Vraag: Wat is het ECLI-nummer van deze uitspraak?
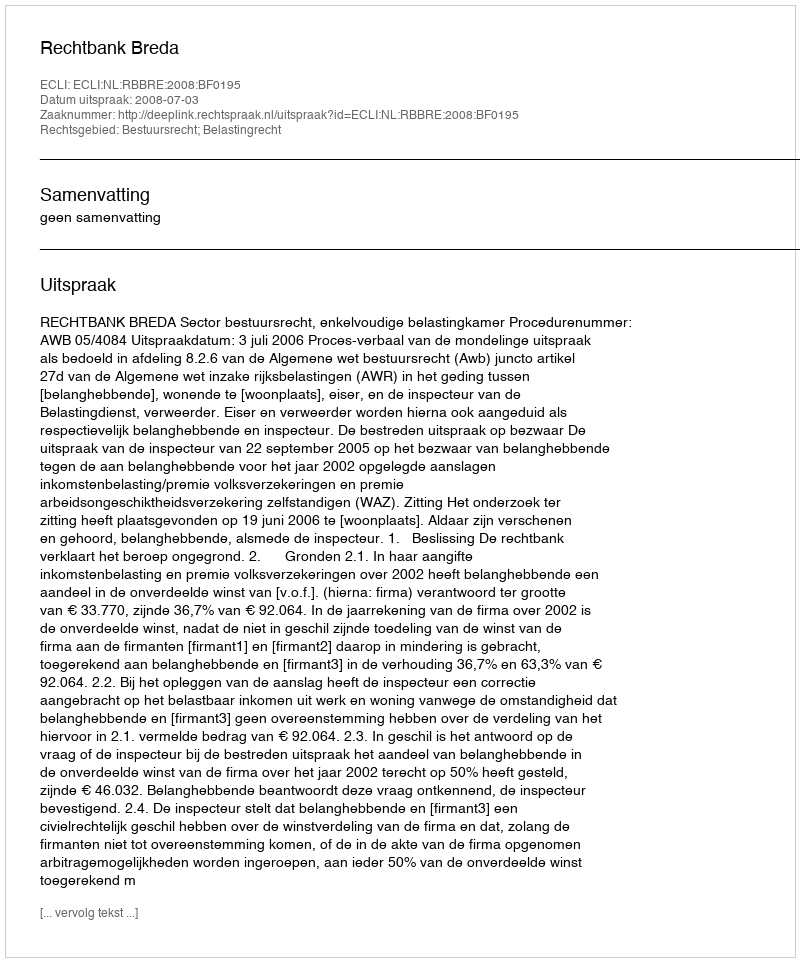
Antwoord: ECLI:NL:RBBRE:2008:BF0195